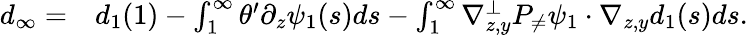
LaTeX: \begin{array}{r}{\begin{array}{rl}{d_{\infty}=}&{{}d_{1}(1)-\int_{1}^{\infty}\theta^{\prime}\partial_{z}\psi_{1}(s)ds-\int_{1}^{\infty}\nabla_{z,y}^{\bot}P_{\neq}\psi_{1}\cdot\nabla_{z,y}d_{1}(s)ds.}\end{array}}\end{array}